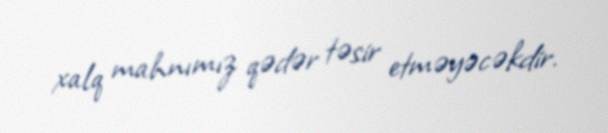
xalq mahnımız qədər təsir etməyəcəkdir.